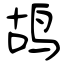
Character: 鸪